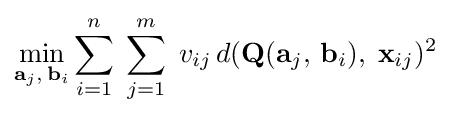
\min _{\mathbf {a} _{j},\,\mathbf {b} _{i}}\displaystyle \sum _{i=1}^{n}\;\displaystyle \sum _{j=1}^{m}\;v_{ij}\,d(\mathbf {Q} (\mathbf {a} _{j},\,\mathbf {b} _{i}),\;\mathbf {x} _{ij})^{2}